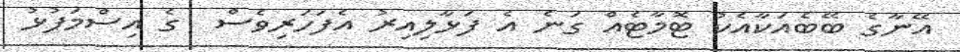
އޭނާގެ ބޭބެއަކާއެކު ޓޮމާޓެއް ގަނެ އެ ފަޅާލިއިރު އެފަހަރިވެސް  ގެ އިސްމަފުޅު